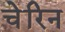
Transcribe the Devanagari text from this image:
चेरिन